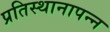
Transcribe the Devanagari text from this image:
प्रतिस्थानापन्न